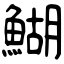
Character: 鰗